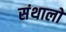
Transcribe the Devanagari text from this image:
संथालो